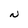
Character: N